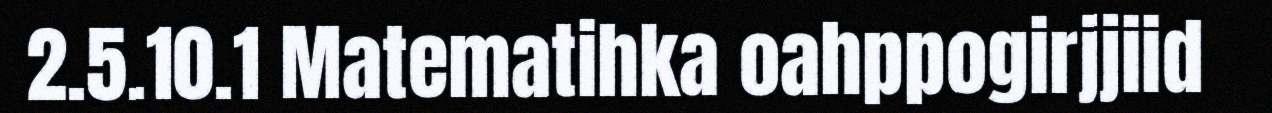
2.5.10.1 Matematihka oahppogirjjiid